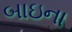
બાઇના